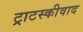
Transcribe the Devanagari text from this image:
ट्राटस्कीवाद